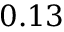
0 . 1 3